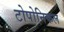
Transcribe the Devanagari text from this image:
टोपोनिकल